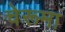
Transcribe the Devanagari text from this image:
चेरूमा